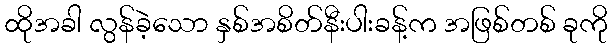
ထိုအခါ လွန်ခဲ့သော နှစ်အစိတ်နီးပါးခန့်က အဖြစ်တစ် ခုကို